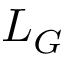
L _ { G }